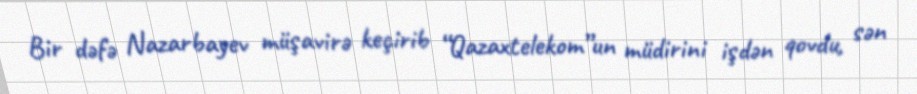
Bir dəfə Nazarbayev müşavirə keçirib “Qazaxtelekom”un müdirini işdən qovdu, sən